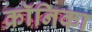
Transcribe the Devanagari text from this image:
क्रॉनिका